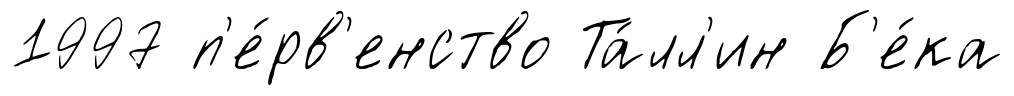
1997 п'е́рв'енство Та́лл'ин Б'е́ка